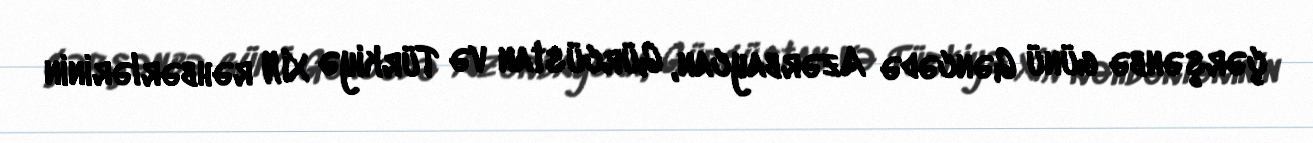
çərşənbə günü Gəncədə Azərbaycan, Gürcüstan və Türkiyə XİN rəhbərlərinin